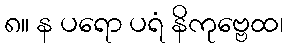
၈။ န ပရော ပရံ နိကုဗ္ဗေထ၊